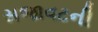
સજાવટની